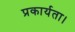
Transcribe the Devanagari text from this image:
प्रकार्यता।